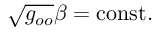
\sqrt { g _ { o o } } \beta = \mathrm { c o n s t } .